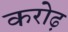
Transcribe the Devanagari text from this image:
करोढ़